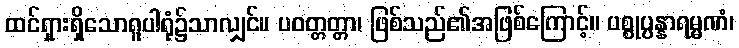
ထင်ရှားရှိသောရူပါရုံ၌သာလျှင်။ ပဝတ္တတ္တာ၊ ဖြစ်သည်၏အဖြစ်ကြောင့်။ ပစ္စုပ္ပန္နာရမ္မဏံ၊